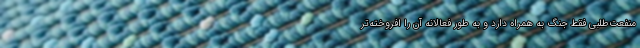
منفعت‌طلبی فقط جنگ به همراه دارد و به طور فعالانه آن را افروخته‌تر